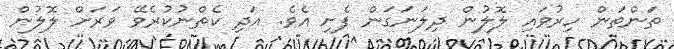
ތަންތަން ހިރުވައި ލޮލުން ދިލަނަގަން ފެށި އެވެ. އަދި ކެތްނުކުރެވޭ ވަރަށް ލޮލުން